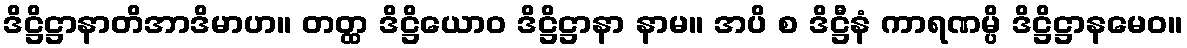
ဒိဋ္ဌိဋ္ဌာနာတိအာဒိမာဟ။ တတ္ထ ဒိဋ္ဌိယောဝ ဒိဋ္ဌိဋ္ဌာနာ နာမ။ အပိ စ ဒိဋ္ဌီနံ ကာရဏမ္ပိ ဒိဋ္ဌိဋ္ဌာနမေဝ။